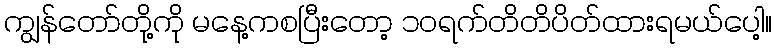
ကျွန်တော်တို့ကို မနေ့ကစပြီးတော့ ၁၀ရက်တိတိပိတ်ထားရမယ်ပေါ့။